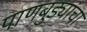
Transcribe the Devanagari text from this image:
पाणबुड्यांचा